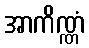
အာကိဏ္ဏံ